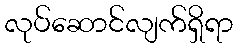
လုပ်ဆောင်လျက်ရှိရာ